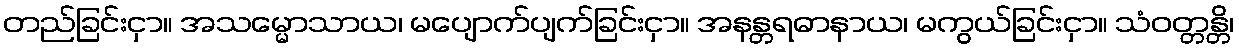
တည်ခြင်းငှာ။ အသမ္မောသာယ၊ မပျောက်ပျက်ခြင်းငှာ။ အနန္တရဓာနာယ၊ မကွယ်ခြင်းငှာ။ သံဝတ္တန္တိ၊